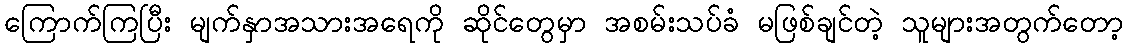
ကြောက်ကြပြီး မျက်နှာအသားအရေကို ဆိုင်တွေမှာ အစမ်းသပ်ခံ မဖြစ်ချင်တဲ့ သူများအတွက်တော့